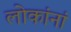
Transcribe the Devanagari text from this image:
लोकांनां